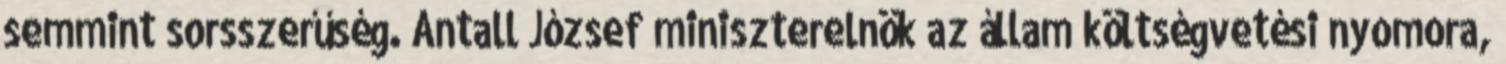
semmint sorsszerűség. Antall József miniszterelnök az állam költségvetési nyomora,